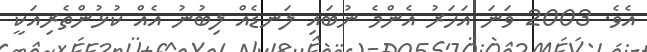
އެވެ. 2003 ވަނަ އަހަރު އެންމެ ނުބައި ލަނޑެއް ލިބުނު އެއް ކުޅުންތެރިއަކީ